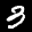
Label: 3